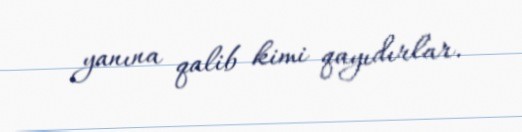
yanına qalib kimi qayıdırlar.